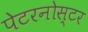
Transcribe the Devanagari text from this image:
पेटरनोस्टर